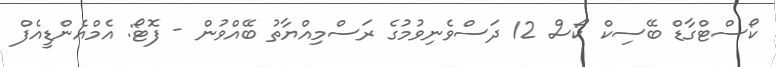
ކޯސްޓްގާޑް ބޭސިކް ކޯސް 12 ދަސްވެނިވުމުގެ ރަސްމިއްޔާތު ބޭއްވުން - ފޮޓޯ: އެމްއެންޑީއެފް